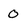
Character: 0